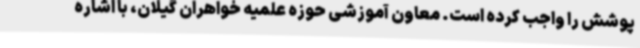
پوشش را واجب کرده است. معاون آموزشی حوزه علمیه خواهران گیلان، با اشاره